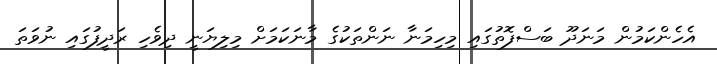
އެހެންކަމުން މަނަދޫ ބަސްފޮތުގައި މިހިމަނާ ނަންތަކުގެ މާނަކަމަށް މިލިޔަނީ ދިވެހި ރަދީފުގައި ނުވަތަ